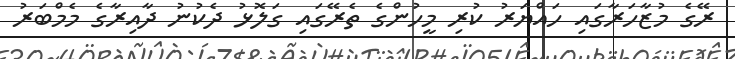
ރޭގެ މުޒާހަރާގައި ހައްޔަރު ކުރި މީހުންގެ ތެރޭގައި ގަލޮޅު ދެކުނު ދާއިރާގެ މެމްބަރު